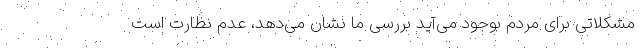
مشکلاتی برای مردم بوجود می‌آید بررسی ما نشان می‌دهد، عدم نظارت است